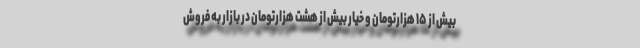
بیش از ۱۵ هزارتومان و خیار بیش از هشت هزارتومان در بازار به فروش